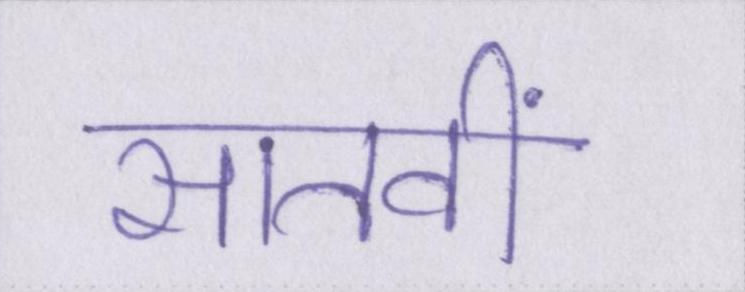
सातवीं